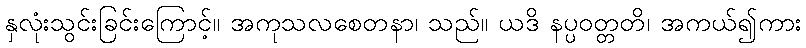
နှလုံးသွင်းခြင်းကြောင့်။ အကုသလစေတနာ၊ သည်။ ယဒိ နပ္ပဝတ္တတိ၊ အကယ်၍ကား